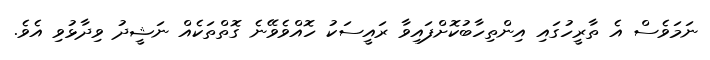
ނަމަވެސް އެ ތާރީހުގައި އިންތިހާބުކޮށްފައިވާ ރައީސަކު ހޮއްވެވޭނެ ގޮތްތަކެއް ނަޝީދު ވިދާޅުވި އެވެ.